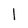
Character: 1